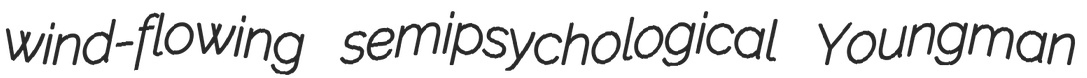
wind-flowing semipsychological Youngman